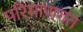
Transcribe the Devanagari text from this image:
परिमाणगत